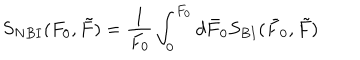
S _ { N B I } ( F _ { 0 } , \tilde { F } ) = \frac { 1 } { F _ { 0 } } \int _ { 0 } ^ { F _ { 0 } } d \bar { F } _ { 0 } S _ { B I } ( \bar { F } _ { 0 } , \tilde { F } )